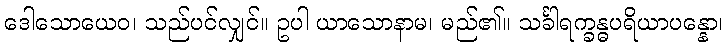
ဒေါသောယေဝ၊ သည်ပင်လျှင်။ ဥပါ ယာသောနာမ၊ မည်၏။ သင်္ခါရက္ခန္ဓပရိယာပန္နော၊